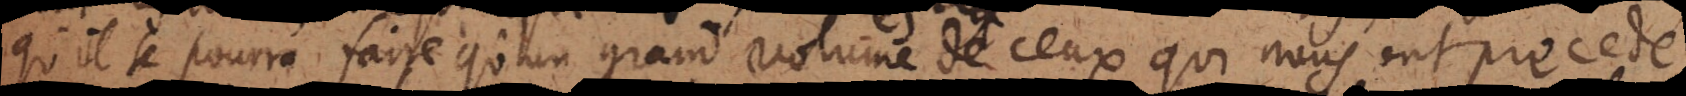
qu’il se pourra faire qu’un grand volume de ceux qui nous ont precedé